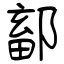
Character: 鄐